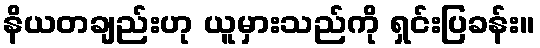
နိယတချည်းဟု ယူမှားသည်ကို ရှင်းပြခန်း။